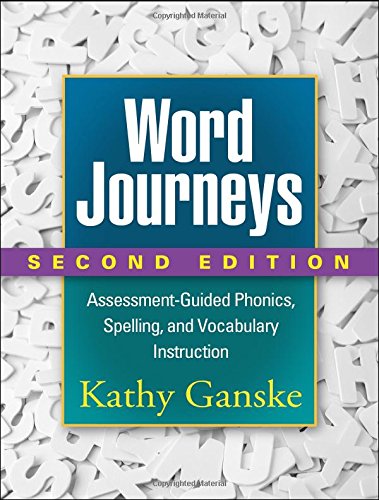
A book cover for Word Journeys, Second Edition: Assessment-Guided Phonics, Spelling, and Vocabulary Instruction; Kathy Ganske Phd; Reference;